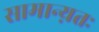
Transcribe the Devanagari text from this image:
सामान्य़तः